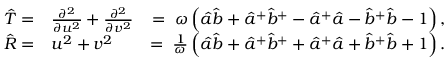
\begin{array} { r l r } { { \hat { T } } = } & { \frac { \partial ^ { 2 } } { \partial { u } ^ { 2 } } + \frac { \partial ^ { 2 } } { \partial { v } ^ { 2 } } } & { = \; \omega \left( { \hat { a } } { \hat { b } } + { { \hat { a } } } ^ { + } { { \hat { b } } } ^ { + } - { { \hat { a } } } ^ { + } { \hat { a } } - { { \hat { b } } } ^ { + } { \hat { b } } - 1 \right) , } \\ { { \hat { R } } = } & { { u } ^ { 2 } + { v } ^ { 2 } } & { = \; \frac { 1 } { \omega } \left( { \hat { a } } { \hat { b } } + { { \hat { a } } } ^ { + } { { \hat { b } } } ^ { + } + { { \hat { a } } } ^ { + } { \hat { a } } + { { \hat { b } } } ^ { + } { \hat { b } } + 1 \right) . } \end{array}